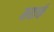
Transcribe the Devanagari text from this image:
मद्यार्क